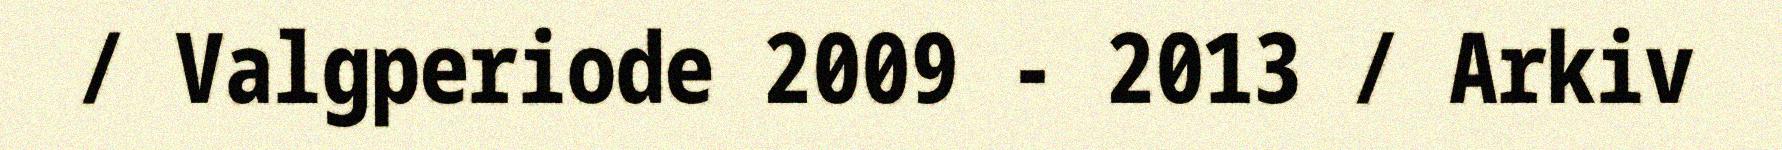
/ Valgperiode 2009 - 2013 / Arkiv